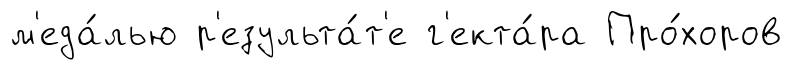
м'еда́лью р'езульта́т'е г'екта́ра Про́хоров